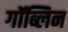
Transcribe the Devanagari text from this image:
गॉब्लिन